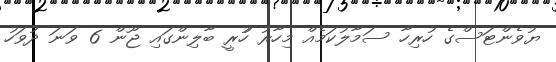
ޔުވެންޓަސްގެ ހުރިހާ ސަމާލުކަމެއް މިހާރު ހުުރީ ބާލިންގައި ޖޫން 6 ވަނަ ދުވަހު